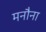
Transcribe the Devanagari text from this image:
मनौना